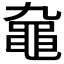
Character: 𪓒